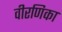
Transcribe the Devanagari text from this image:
वीरणिका